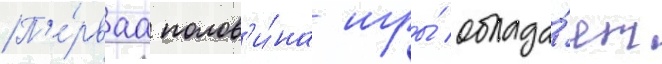
П'е́рваа полов'и́на игры́ облада́ет